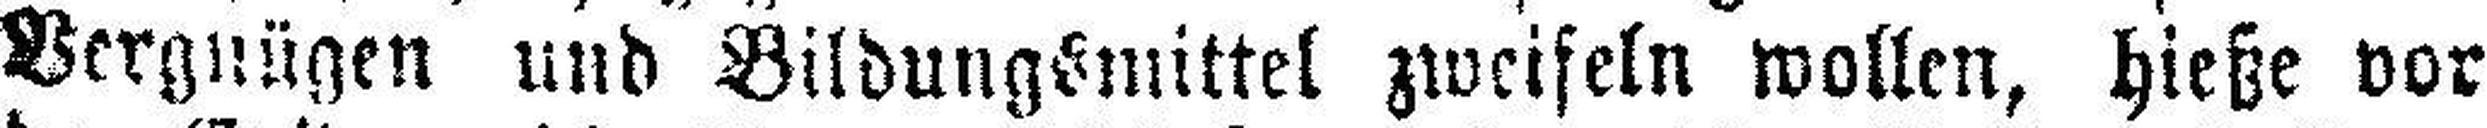
Vergnügen und Bildungsmittel zweifeln wollen, hieße vor